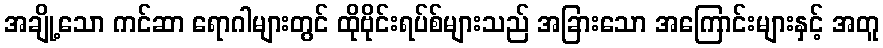
အချို့သော ကင်ဆာ ရောဂါများတွင် ထိုဗိုင်းရပ်စ်များသည် အခြားသော အကြောင်းများနှင့် အတူ